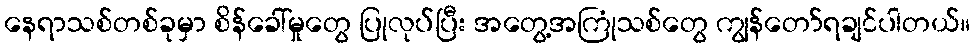
နေရာသစ်တစ်ခုမှာ စိန်ခေါ်မှုတွေ ပြုလုပ်ပြီး အတွေ့အကြုံသစ်တွေ ကျွန်တော်ရချင်ပါတယ်။